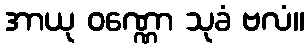
အာယု ဝဏ္ဏော သုခံ ဗလံ။